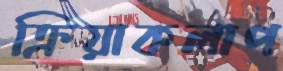
ক্রিয়াকলাপ